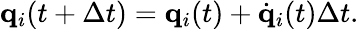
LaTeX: {\mathbf q}_{i}(t+\Delta t)={\mathbf q}_{i}(t)+\dot{{\mathbf q}}_{i}(t)\Delta t.